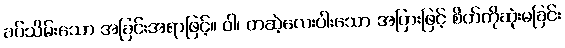
ခပ်သိမ်းသော အခြင်းအရာဖြင့်။ ဝါ၊ တဆဲ့လေးပါးသော အပြားဖြင့် စိတ်ကိုဆုံးမခြင်း